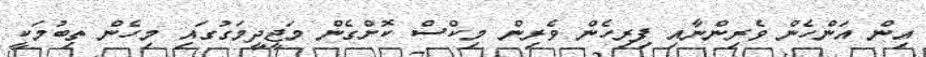
އިން އަންހެން ވެރިންނާއި ފިރިހެން ވެރިން މިކްސް ކޮށްގެން މަޖީދީމަގުގައި މިހެން ތިބުމަކީ